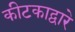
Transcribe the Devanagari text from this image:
कीटकाद्वारे